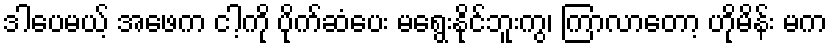
ဒါပေမယ့် အဖေက ငါ့ကို ပိုက်ဆံပေး မရွေးနိုင်ဘူးကွ၊ ကြာလာတော့ ဟိုမိန်း မက